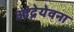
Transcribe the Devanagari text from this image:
आंद्रेयेवना